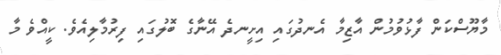
މާޔޫސްކަން ފާޅުވުމުން އާޒިމާ އެނދުގައި އިށީނދެ އޭނާގެ ބޮލުގައި ފިރުމާލިއެވެ. ކީއްވެ މާ